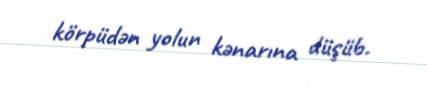
körpüdən yolun kənarına düşüb.